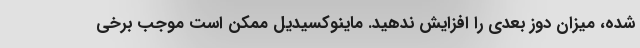
شده، میزان دوز بعدی را افزایش ندهید. ماینوکسیدیل ممکن است موجب برخی